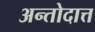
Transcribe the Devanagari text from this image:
अन्तोदात्त